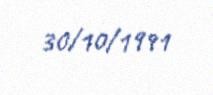
30/10/1991